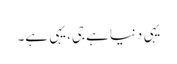
یہی دنیا ہے جی،یہی ہے۔